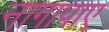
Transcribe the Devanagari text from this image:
नागापाए